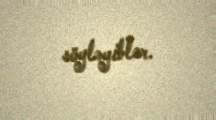
söyləyiblər.